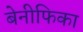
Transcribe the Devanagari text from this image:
बेनीफिका